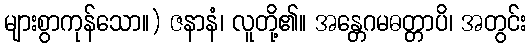
များစွာကုန်သော။) ဇနာနံ၊ လူတို့၏။ အန္တေဂမဓတ္တာပိ၊ အတွင်း